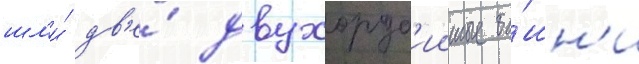
шл'и́ дв'е́ двухоруд'ииные ба́шн'и